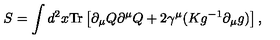
S = \int d ^ { 2 } x \mathrm { T r } \left[ \partial _ { \mu } Q \partial ^ { \mu } Q + 2 \gamma ^ { \mu } ( K g ^ { - 1 } \partial _ { \mu } g ) \right] ,